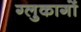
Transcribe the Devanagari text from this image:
ग्लुकागों